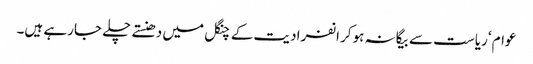
عوام ‘ریاست سے بیگانہ ہوکر انفرادیت کے چنگل میں دھنستے چلے جارہے ہیں۔